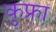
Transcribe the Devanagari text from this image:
कुफ्रा